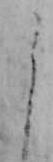
う